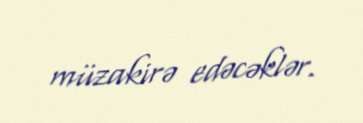
müzakirə edəcəklər.